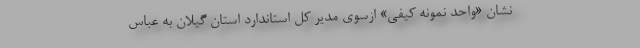
نشان «واحد نمونه کیفی» ازسوی مدیر کل استاندارد استان گیلان به عباس